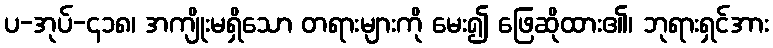
ပ-အုပ်-၄၁၈၊ အကျိုးမရှိသော တရားများကို မေး၍ ဖြေဆိုထား၏၊ ဘုရားရှင်အား